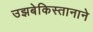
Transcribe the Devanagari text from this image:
उझबेकिस्तानाने